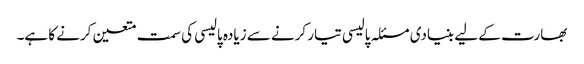
بھارت کے لیے بنیادی مسئلہ پالیسی تیار کرنے سے زیادہ پالیسی کی سمت متعین کرنے کا ہے۔